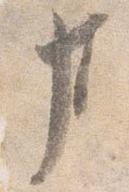
事